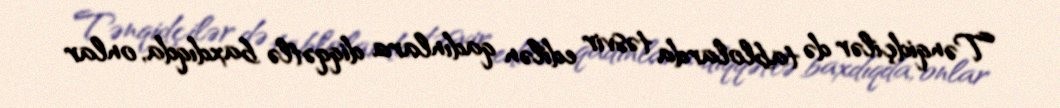
Tənqidçilər də tablolarda təsvir edilən qadınlara diqqətlə baxdıqda, onlar